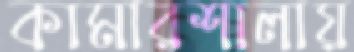
কামারশালায়